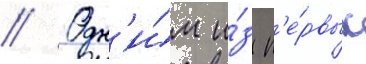
// Одн'и́м и́з п'е́рвых